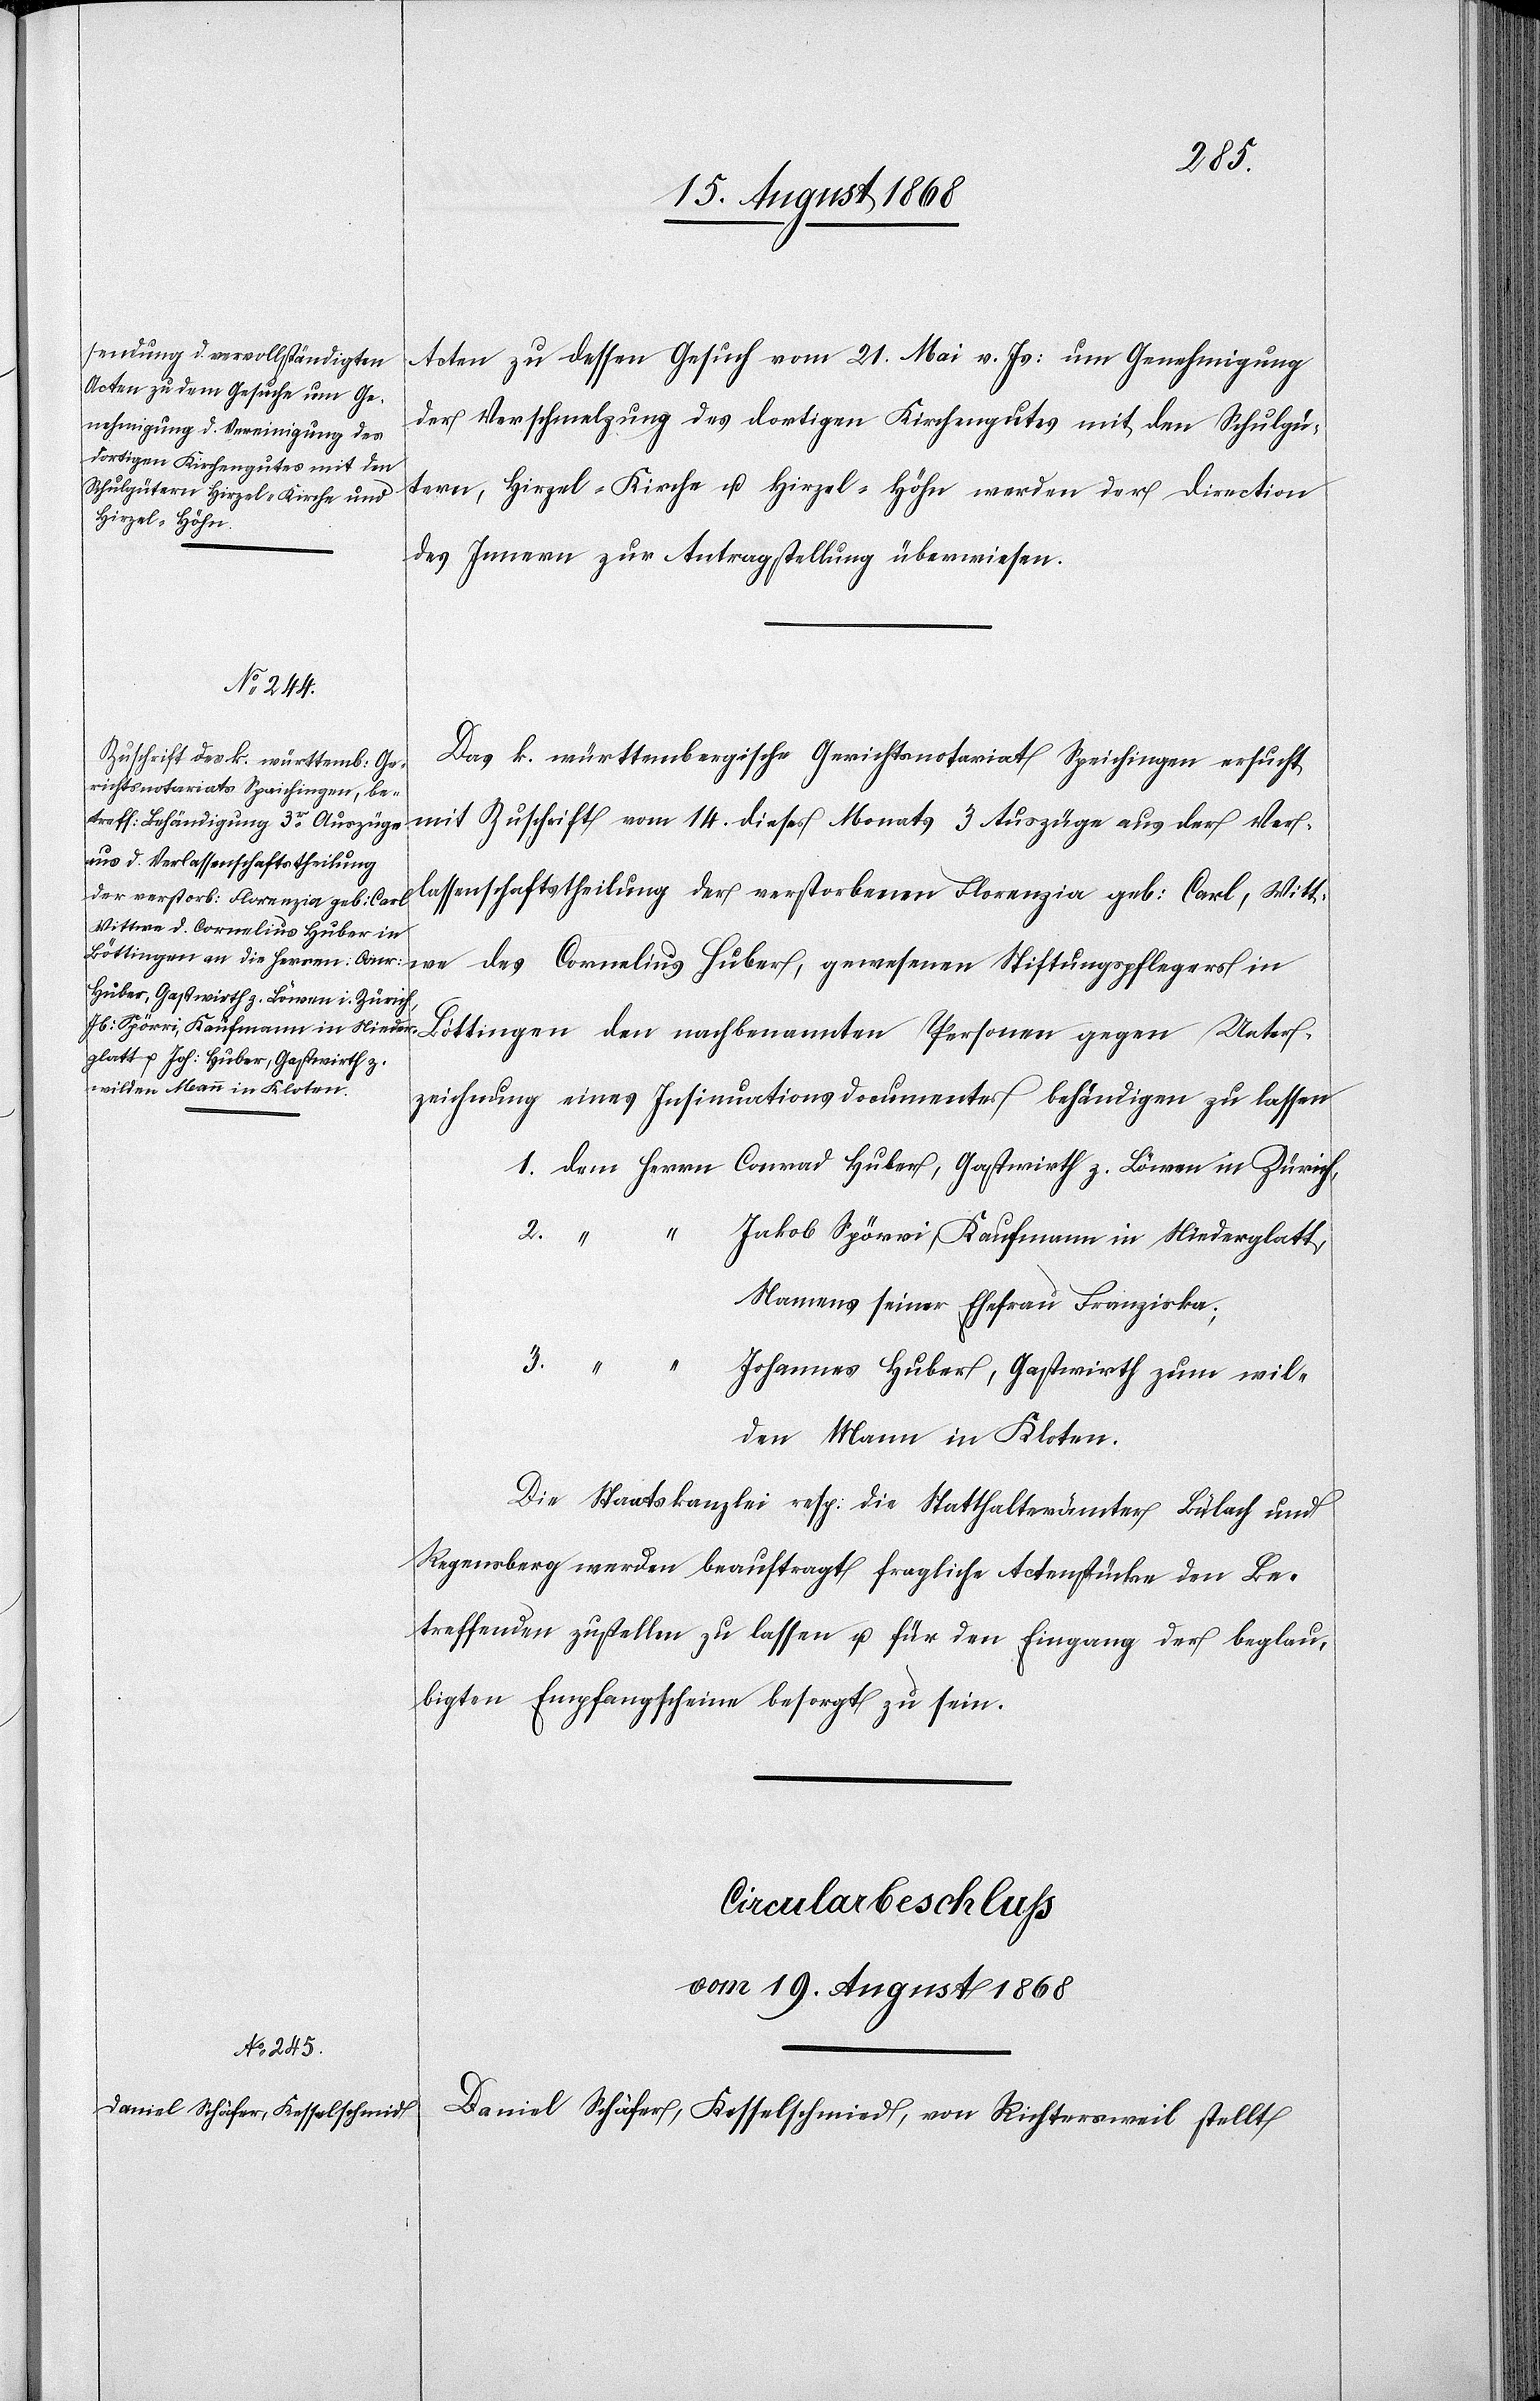
Acten zu dessen Gesuch vom 21. Mai v. Js: um Genehmigung
der Verschmelzung des dortigen Kirchengutes mit den Schulgü¬
tern, Hirzel-Kirche u. Hirzel-Höhn werden der Direction
des Innern zur Antragstellung überwiesen.
Das k. württembergische Gerichtsnotariat Speichingen ersucht
mit Zuschrift vom 14. dieses Monats 3 Auszüge aus der Ver¬
lassenschaftstheilung der verstorbenen Florenzia geb: Carl, Witt¬
Böttingen den nachbenannten Personen gegen Unter¬
zeichnung eines Insinuationsdocumentes behändigen zu lassen
1. dem Herrn Conrad Huber, Gastwirth z. Löwen in Zürich,
Jakob Spörri, Kaufmann in Niederglatt,
Namens seiner Ehefrau Franziska;
3. “ “
Johannes Huber, Gastwirth zum wil¬
den Mann in Kloten.
Die Staatskanzlei resp: die Statthalterämter Bülach und
Regensberg werden beauftragt fragliche Actenstücke den Be¬
treffenden zustellen zu lassen u. für den Eingang der beglau¬
bigten Empfangscheine besorgt zu sein.
Circularbeschluss
vom 19. August 1868
Daniel Schäfer, Kesselschmied, von Richtersweil stellt